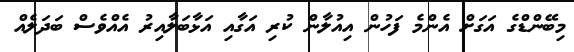
މިބޭންޑްގެ އަގަށް އެންމެ ފަހުން އިއުލާން ކުރި އަގާއި އަޅާބަލާއިރު އެއްވެސް ބަދަލެއް